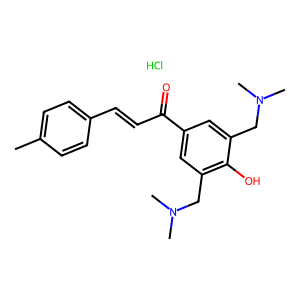
SMILES: Cc1ccc(C=CC(=O)c2cc(CN(C)C)c(O)c(CN(C)C)c2)cc1.Cl
Inhibits HIV replication: No